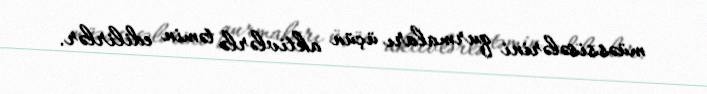
müəssisələrini qurmaları üçün aktivlərlə təmin edilirlər.